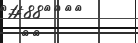
١٢